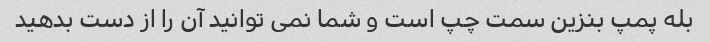
بله پمپ بنزین سمت چپ است و شما نمی توانید آن را از دست بدهید